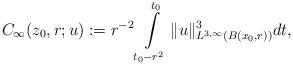
LaTeX: \begin{align*}C_{\infty}(z_{0},r;u):= r^{-2}\int\limits_{t_{0}-r^2}^{t_0}\|u\|_{L^{3,\infty}(B(x_0,r))}^3 dt,\end{align*}